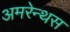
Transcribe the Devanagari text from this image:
अमरेन्थस